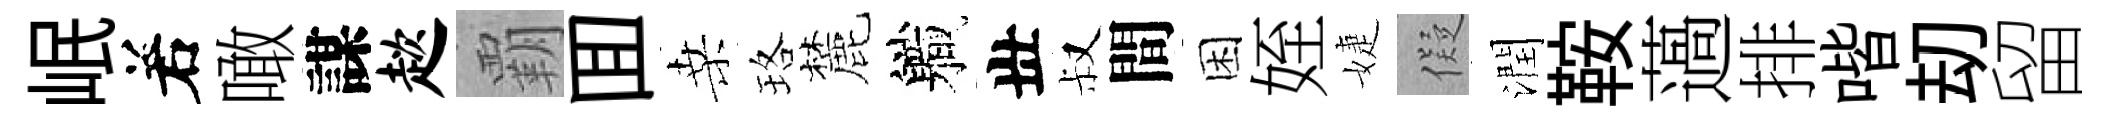
岷𠰥噉謀趑覇囬桑珞麓軄丗叔間困姪婕儗潤鞍薖排喈刧留